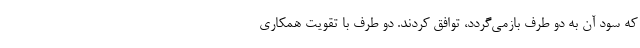
که سود آن به دو طرف بازمی‌گردد، توافق کردند. دو طرف با تقویت همکاری